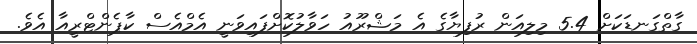
ގާތްގަނޑަކަށް 5.4 މިލިއަން ރުފިޔާގެ އެ މަޝްރޫއު ހަވާލުކޮށްފައިވަނީ އެމްއެސް ކާޕެންޓްރީއާ އެވެ.